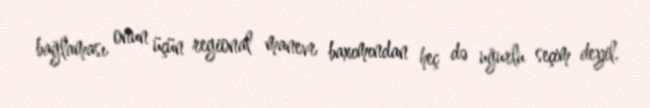
bağlaması onun üçün regional manevr baxımından heç də uğurlu seçim deyil.